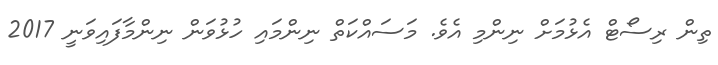
ތިން ރިސޯޓް އެޅުމަށް ނިންމި އެވެ. މަސައްކަތް ނިންމައި ހުޅުވަން ނިންމާފައިވަނީ 2017